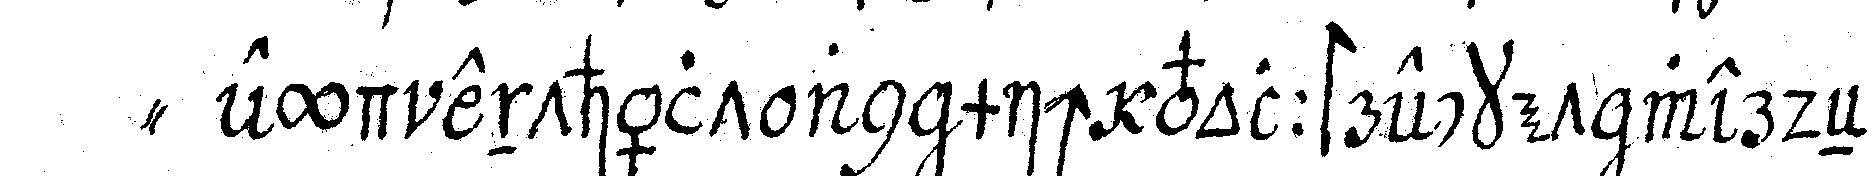
" eyd enthält an mich vollstrecket werdeN wo